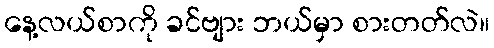
နေ့လယ်စာကို ခင်ဗျား ဘယ်မှာ စားတတ်လဲ။